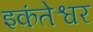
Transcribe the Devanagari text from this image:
इकंतेश्वर